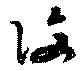
復